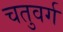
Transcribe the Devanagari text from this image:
चतुवर्ग